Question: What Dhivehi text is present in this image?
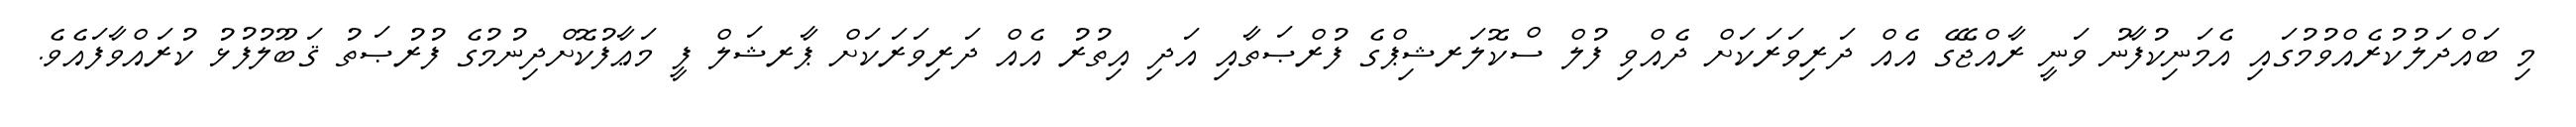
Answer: މި ބައްދަލުކުރެއްވުމުގައި އެމަނިކުފާނު ވަނީ ރާއްޖޭގެ އެއް ދަރިވަރަކަށް ދެއްވި ފުލް ސްކޮލަރޝިޕްގެ ފުރްޞަތާއި އަދި އިތުރު އެއް ދަރިވަރަކަށް ޕާރޝަލް ފީ މަޢާފުކޮށްދިނުމުގެ ފުރުޞަތު ޤަބޫލުފުޅު ކުރައްވާފައެވެ.